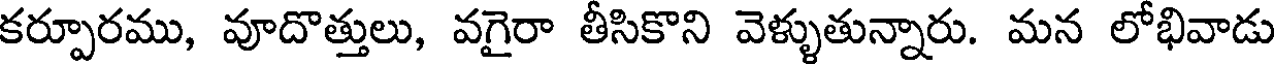
కర్పూరము, వూదొత్తులు, వగైరా తీసికొని వెళ్ళుతున్నారు. మన లోభివాడు